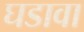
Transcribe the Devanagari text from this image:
घडावा